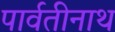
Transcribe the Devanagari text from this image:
पार्वतीनाथ